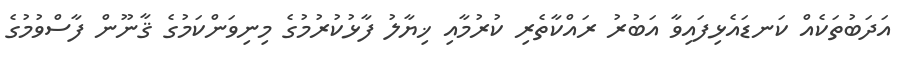
އަދަބުތަކެއް ކަނޑައެޅިފައިވާ އަބުރު ރައްކާތެރި ކުރުމާއި ޚިޔާލު ފާޅުކުރުމުގެ މިނިވަންކަމުގެ ޤާނޫން ފާސްވުމުގެ